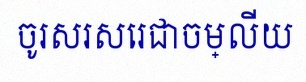
ចូរសរសេរជាចម្លើយ